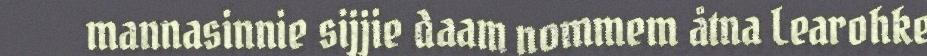
mannasinnie sijjie daam nommem åtna Learohke